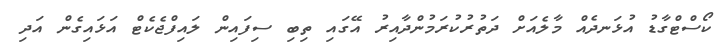
ކޯސްޓްގާޑު އުޅަނދެއް މާލެއަށް ދަތުރުކުރަމުންދާއިރު އޭގައި ތިބި ސިފައިން ލައިފްޖެކެޓް އަޅައިގެން އަދި